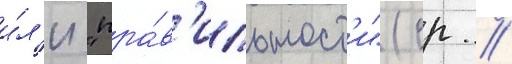
и́л'и "пра́в'ильност'и" (ср //